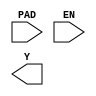
module GCLKBUF (
	(* iopad_external_pin *)
	input PAD,
	input EN,
	(* clkbuf_driver *)
	output Y
);
endmodule